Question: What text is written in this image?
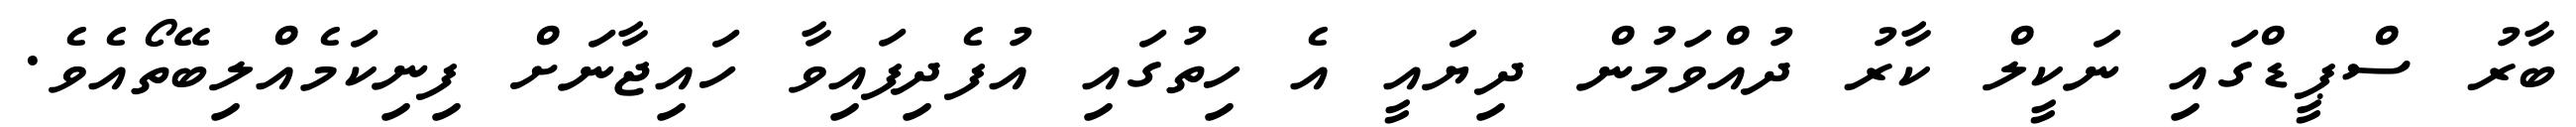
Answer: ބާރު ސްޕީޑްގައި ނަކީލް ކާރު ދުއްވަމުން ދިޔައީ އެ ހިތުގައި އުފެދިފައިވާ ހައިޖާނަށް ފިނިކަމެއްލިބޭތޯއެވެ.